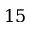
1 5